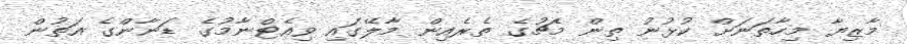
މާޒިޔާ މިހާތަނަށް ކުޅުނު ތިން މެޗުގެ ތެރެއިން މާލޭގައި ވިއެޓްނާމުގެ ޑަނާންގެ އަތުން